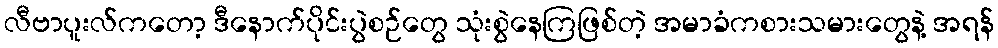
လီဗာပူးလ်ကတော့ ဒီနောက်ပိုင်းပွဲစဉ်တွေ သုံးစွဲနေကြဖြစ်တဲ့ အမာခံကစားသမားတွေနဲ့ အရန်